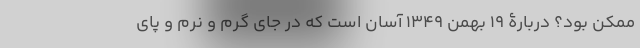
ممکن بود؟ دربارۀ 19 بهمن 1349 آسان است که در جای گرم و نرم و پای